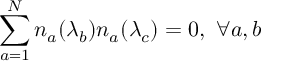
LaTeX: \sum _ { a = 1 } ^ { N } n _ { a } ( \lambda _ { b } ) n _ { a } ( \lambda _ { c } ) = 0 , \ \forall a , b